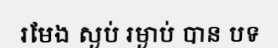
រមែង ស្ងប់ រម្ងាប់ បាន បទ